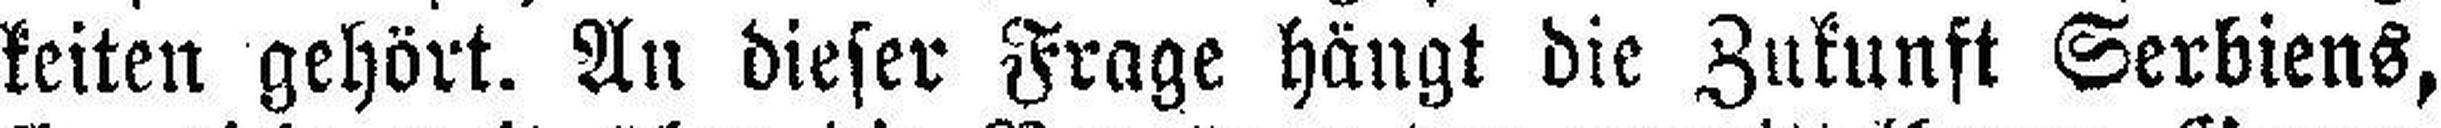
keiten gehört. An dieser Frage hängt die Zukunft Serbiens,